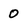
Character: 0